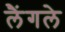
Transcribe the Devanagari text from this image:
लैंगले